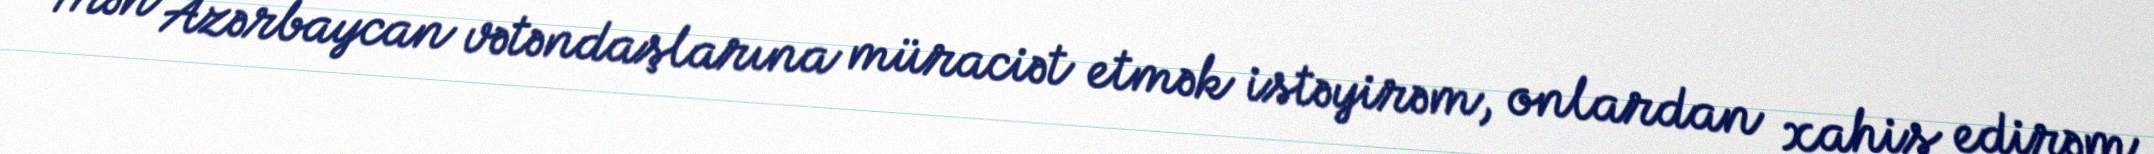
Mən Azərbaycan vətəndaşlarına müraciət etmək istəyirəm, onlardan xahiş edirəm